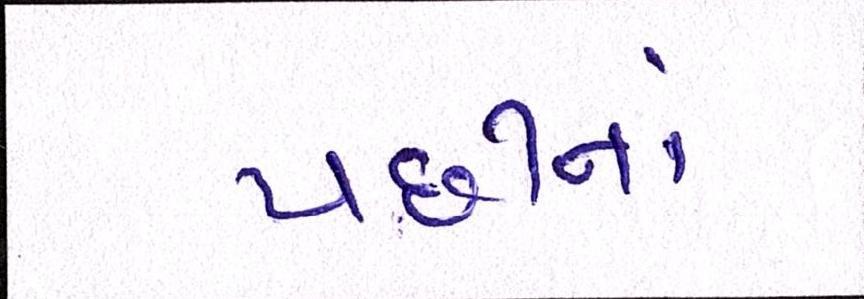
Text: પછીનાં